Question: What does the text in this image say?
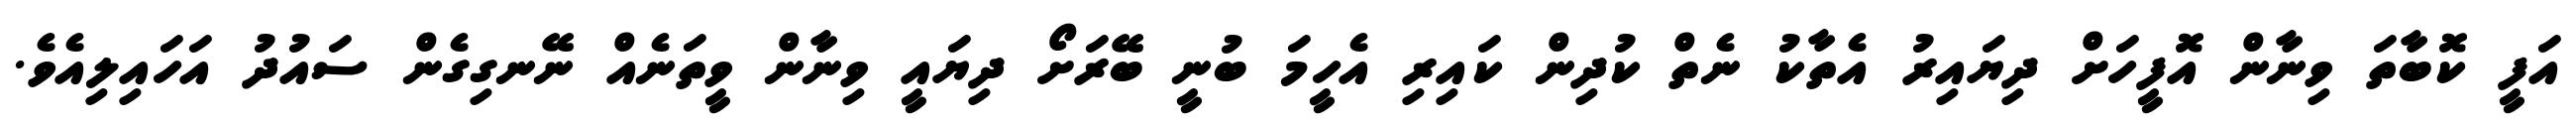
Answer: އަފީ ކޮބާތަ ވިނާން އޮފީހަށް ދިޔައިރު އެތާކު ނެތް ކުދިން ކައިރި އެހީމަ ބުނީ ބޭރަށޯ ދިޔައީ ވިނާން ވީތަނެއް ނޭނގިގެން ސައުދު އަހައިލިއެވެ.